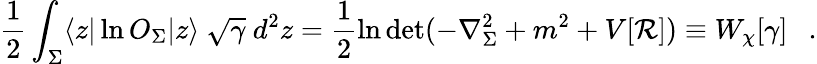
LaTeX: \frac 12\int_{\Sigma}\langle z|\ln O_{\Sigma}|z\rangle~\sqrt{\gamma}~d^{2}z=\frac 12\ln\operatorname*{det}(-\nabla_{\Sigma}^{2}+m^{2}+V[{\cal R}])\equiv W_{\chi}[\gamma]~~~.